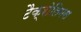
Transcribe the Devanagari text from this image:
टैक्रोलिमस